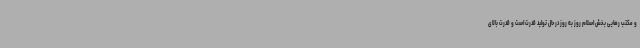
و مکتب رهایی بخش اسلام روز به روز در حال تولید قدرت است و قدرت بالای